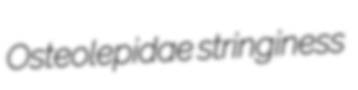
Osteolepidae stringiness